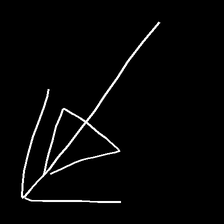
Glyph: pull